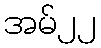
အမ်၂၂